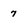
Character: 7